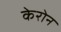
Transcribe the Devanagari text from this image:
केरोन